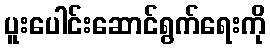
ပူးပေါင်းဆောင်ရွက်ရေးကို